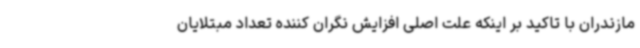
مازندران با تاکید بر اینکه علت اصلی افزایش نگران کننده تعداد مبتلایان